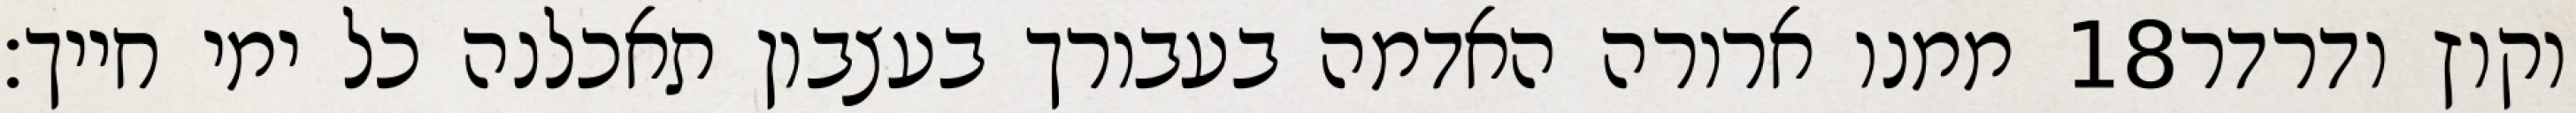
ממנו ארורה האדמה בעבורך בעצבון תאכלנה כל ימי חייך׃ ‎18‏ וקוץ ודרדר